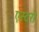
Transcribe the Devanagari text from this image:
एस्टरो